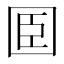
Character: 𡇖